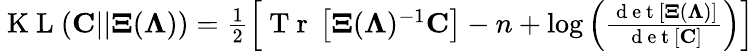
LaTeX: \begin{array}{r}{\mathrm{~K~L~}({\mathbf C}||{\mathbf\Xi}({\mathbf\Lambda}))=\frac{1}{2}\left[\mathrm{~T~r~}\left[{\mathbf\Xi}({\mathbf\Lambda})^{-1}{\mathbf C}\right]-n+\log\left(\frac{\mathrm{~d~e~t~}\left[{\mathbf\Xi}({\mathbf\Lambda})\right]}{\mathrm{~d~e~t~}\left[{\mathbf C}\right]}\right)\right]}\end{array}